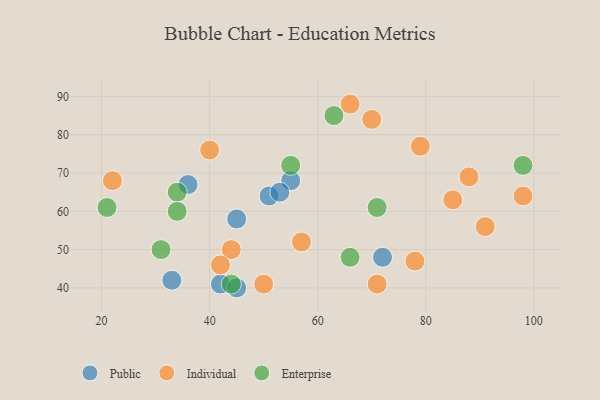
{"axis": {"x": "GDP", "y": "Life Expectancy"}, "legend": ["Enterprise", "Individual", "Public"], "data": [{"x": "55", "y": 68, "type": "Public"}, {"x": "33", "y": 42, "type": "Public"}, {"x": "42", "y": 41, "type": "Public"}, {"x": "72", "y": 48, "type": "Public"}, {"x": "51", "y": 64, "type": "Public"}, {"x": "45", "y": 40, "type": "Public"}, {"x": "53", "y": 65, "type": "Public"}, {"x": "36", "y": 67, "type": "Public"}, {"x": "45", "y": 58, "type": "Public"}, {"x": "66", "y": 88, "type": "Individual"}, {"x": "40", "y": 76, "type": "Individual"}, {"x": "85", "y": 63, "type": "Individual"}, {"x": "79", "y": 77, "type": "Individual"}, {"x": "22", "y": 68, "type": "Individual"}, {"x": "44", "y": 50, "type": "Individual"}, {"x": "71", "y": 41, "type": "Individual"}, {"x": "98", "y": 64, "type": "Individual"}, {"x": "70", "y": 84, "type": "Individual"}, {"x": "42", "y": 46, "type": "Individual"}, {"x": "91", "y": 56, "type": "Individual"}, {"x": "88", "y": 69, "type": "Individual"}, {"x": "57", "y": 52, "type": "Individual"}, {"x": "78", "y": 47, "type": "Individual"}, {"x": "50", "y": 41, "type": "Individual"}, {"x": "21", "y": 61, "type": "Enterprise"}, {"x": "31", "y": 50, "type": "Enterprise"}, {"x": "34", "y": 65, "type": "Enterprise"}, {"x": "44", "y": 41, "type": "Enterprise"}, {"x": "71", "y": 61, "type": "Enterprise"}, {"x": "34", "y": 60, "type": "Enterprise"}, {"x": "66", "y": 48, "type": "Enterprise"}, {"x": "55", "y": 72, "type": "Enterprise"}, {"x": "63", "y": 85, "type": "Enterprise"}, {"x": "98", "y": 72, "type": "Enterprise"}]}